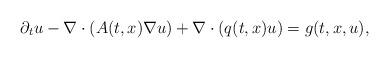
LaTeX: \begin{align*} \partial_{t}u - \nabla \cdot (A(t,x)\nabla u)+\nabla \cdot (q(t,x) u)=g(t,x,u),\end{align*}